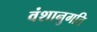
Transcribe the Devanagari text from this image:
वंशानुगति